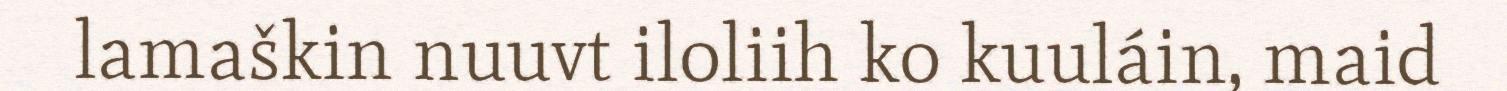
lamaškin nuuvt iloliih ko kuuláin, maid